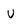
Character: v